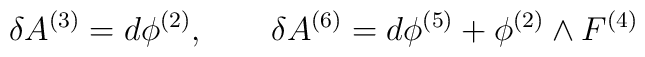
\delta A^{(3)}=d\phi^{(2)}, \qquad \delta A^{(6)}=d\phi^{(5)}+\phi^{(2)}\wedge F^{(4)}